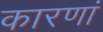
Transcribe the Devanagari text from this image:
कारणां